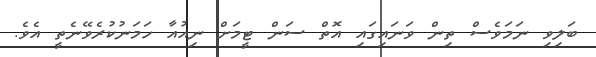
ބަލިވި ނަމަވެސް ތިން ވަނައިގައި އޮތް ސަން ޓީމަށް ނިއުއާ ހަމަނުކުރެވޭނެތީ އެވެ.